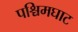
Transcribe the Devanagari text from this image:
पश्चिमघाट